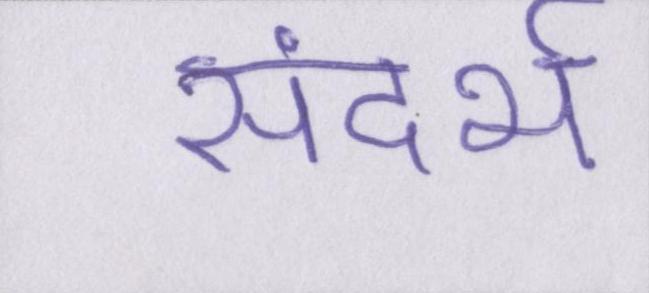
संदर्भ